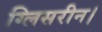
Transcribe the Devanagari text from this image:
ग्लिसरीन।